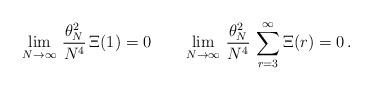
LaTeX: \begin{align*}\begin{aligned}\lim_{N \to \infty}\, \frac{\theta_N^2}{N^4} \,\Xi(1) = 0 \qquad\lim_{N \to \infty} \, \frac{\theta_N^2}{N^4} \, \sum_{r=3}^\infty \Xi(r) = 0 \,.\end{aligned}\end{align*}